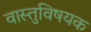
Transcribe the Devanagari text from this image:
वास्तुविषयक